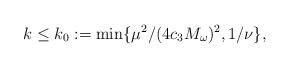
LaTeX: \begin{align*} k \le k_0 := \min\{\mu^2/(4c_3 M_\omega)^2,1/\nu\},\end{align*}